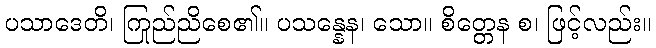
ပသာဒေတိ၊ ကြည်ညိုစေ၏။ ပသန္နေန၊ သော။ စိတ္တေန စ၊ ဖြင့်လည်း။